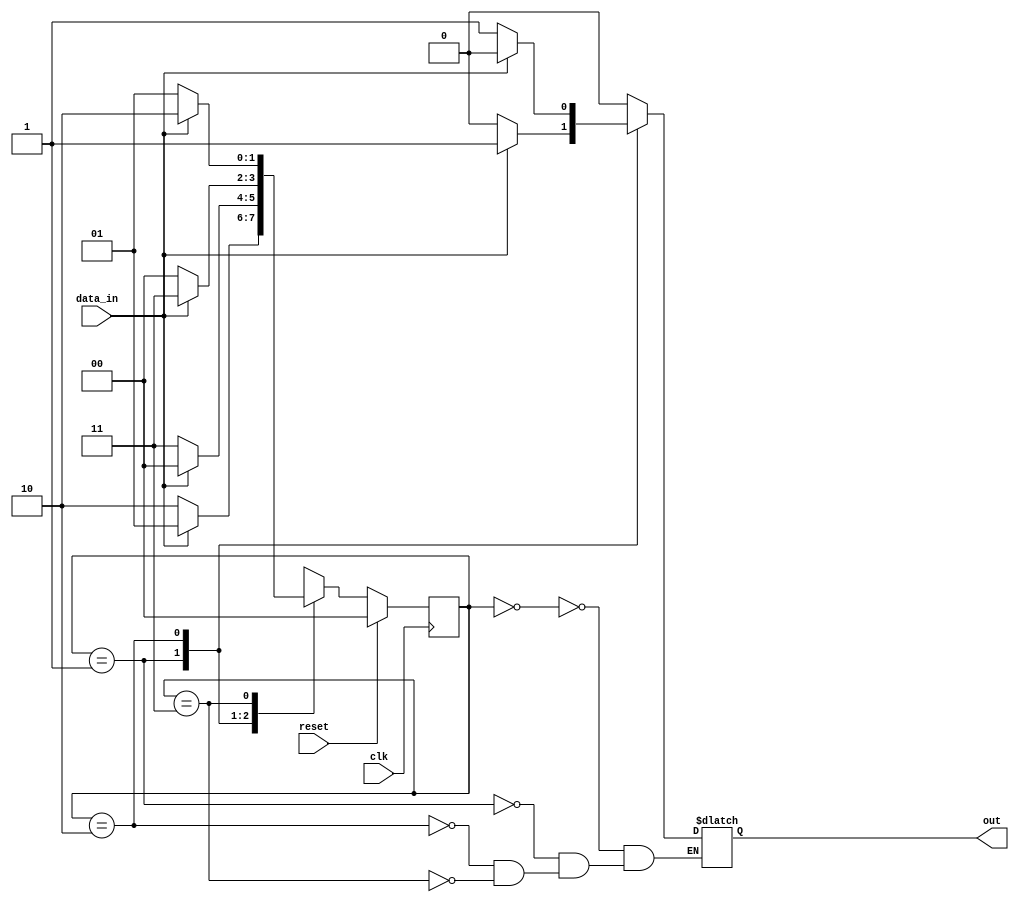
module CountEvenOneZero (
	// Inputs
	input wire data_in,
        input wire clk, 
	input wire reset,
	
	// Outputs	
	output reg out
	);	

// State encoding
localparam s0=2'b00, 
	   s1=2'b01, 
	   s2=2'b10, 
	   s3=2'b11;


// State reg declarations	
reg [1:0] CurrentState; 
reg [1:0] NextState;

// single bit output	
//assign out = (CurrentState == s0) ;

// State transition block
always@(posedge clk) begin
	if (reset) CurrentState <= s0;
	else CurrentState <= NextState;
end

always@ ( * ) begin
	NextState = CurrentState;
	case (CurrentState)
		s0: begin
		    if (data_in == 1) NextState = s1; 
		    if (data_in == 0) NextState = s2;
		    out <= 0;
		end
		
		s1: begin
		    if (data_in == 1) begin NextState = s0; out <= 1; end
		    if (data_in == 0) begin NextState = s3; out <= 0; end
		end
		
		s2: begin
		    if (data_in == 1) begin NextState = s3; out <= 0; end
		    if (data_in == 0) begin NextState = s0; out <= 1; end
		end
		
		s3: begin
		    if (data_in == 1) NextState = s2;
		    if (data_in == 0) NextState = s1;
		    out <= 0;
		end
	endcase
end

endmodule